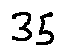
3 5